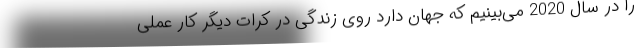
را در سال 2020 می‌بینیم که جهان دارد روی زندگی در کُرات دیگر کار عملی